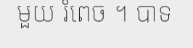
មួយ រំពេច ។ បាទ